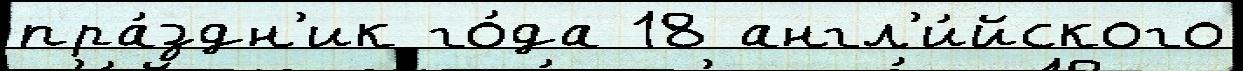
пра́здн'ик го́да 18 англ'и́йского